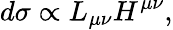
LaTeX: d\sigma\propto L_{\mu\nu}H^{\mu\nu},